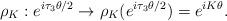
LaTeX: \begin{align*}{\rho}_K:e^{i {\tau}_3 \theta/2} \rightarrow {\rho}_K (e^{i{\tau}_3 \theta/2}) = e^{i K \theta}.\end{align*}